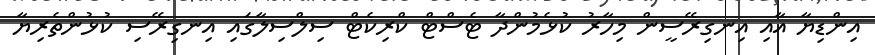
އިންޑިޔާ އާއި އިނގިރޭސީން މިހާރު ކުޅެމުންދާ ޓެސްޓް ކްރިކެޓް ސިލްސިލާގައި އިނގިރޭސި ކުޅުންތެރިޔާ